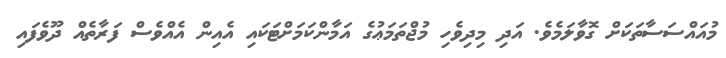
މުއައްސަސާތަކަށް ގޮވާލަމެވެ. އަދި މިދިވެހި މުޖްތަމަޢުގެ އަމާންކަމަށްޓަކައި އެއިން އެއްވެސް ފަރާތެއް ދޫވެފައި